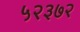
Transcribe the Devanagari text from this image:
५२३७२